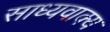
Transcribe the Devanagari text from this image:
साध्यवाक्य